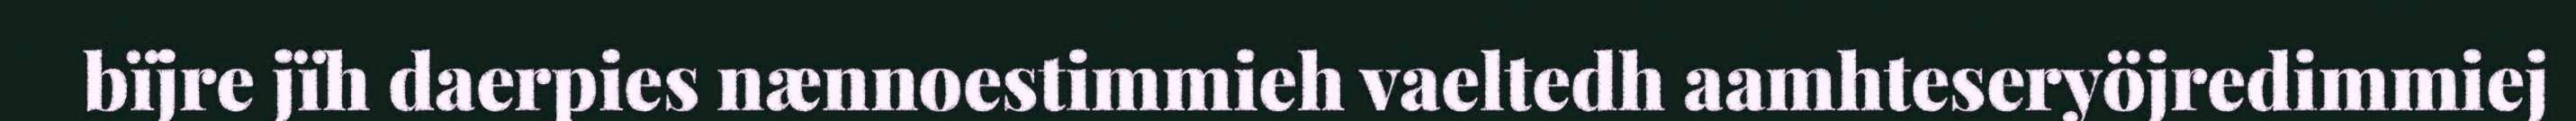
bïjre jïh daerpies nænnoestimmieh vaeltedh aamhteseryöjredimmiej